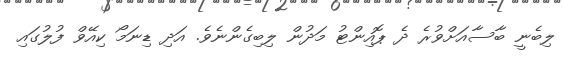
ލިބެނީ ބާސާއަށްވުރެ ދެ ޕޮއިންޓު މަދުން ލިބިގެންނެވެ. އަދި ޑިނަމޯ ކިއޭވް ފުލުގައި